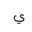
Letter: _ya